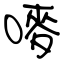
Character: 嘜